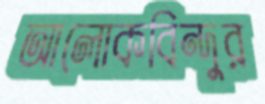
আলোকবিন্দুর